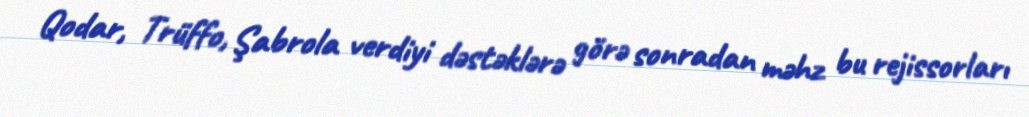
Qodar, Trüffo, Şabrola verdiyi dəstəklərə görə sonradan məhz bu rejissorları